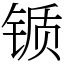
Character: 锧